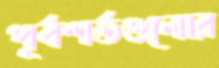
পূর্বশর্তগুলোর